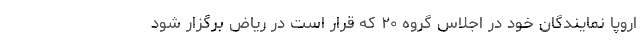
اروپا نمایندگان خود در اجلاس گروه ۲۰ که قرار است در ریاض برگزار شود